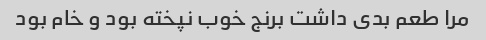
مرا طعم بدی داشت برنج خوب نپخته بود و خام بود